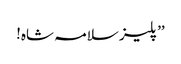
’’پلیز سلامہ شاہ!